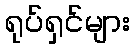
ရုပ်ရှင်များ